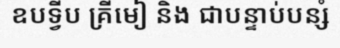
ឧបទ្វីប គ្រីមៀ និង ជាបន្ទាប់បន្សំ